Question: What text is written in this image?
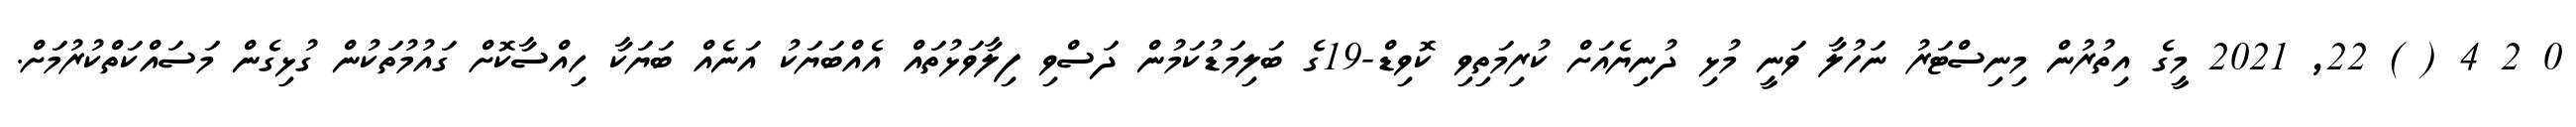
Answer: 0 2 4 ( ) 22, 2021 މީގެ އިތުރުން މިނިސްޓަރު ނަހުލާ ވަނީ މުޅި ދުނިޔެއަށް ކުރިމަތިވި ކޮވިޑް-19ގެ ބަލިމަޑުކަމުން ދަސްވި ފިލާވަޅުތައް އެއްބަޔަކު އަނެއް ބަޔަކާ ހިއްސާކޮށް ގައުމުތަކުން ގުޅިގެން މަސައްކަތްކުރުމަށް.